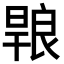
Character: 𭧄